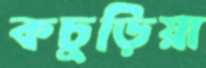
কচুড়িয়া